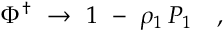
\Phi ^ { \dagger } \ \to \ 1 \ - \ \rho _ { 1 } \, P _ { 1 } \quad ,